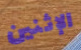
الإثنين